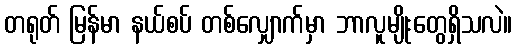
တရုတ် မြန်မာ နယ်စပ် တစ်လျှောက်မှာ ဘာလူမျိုးတွေရှိသလဲ။